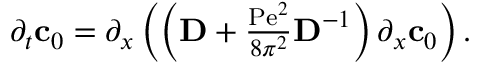
\begin{array} { r } { \partial _ { t } \mathbf { c } _ { 0 } = \partial _ { x } \left( \left( \mathbf { D } + \frac { \mathrm { P e } ^ { 2 } } { 8 \pi ^ { 2 } } \mathbf { D } ^ { - 1 } \right) \partial _ { x } \mathbf { c } _ { 0 } \right) . } \end{array}